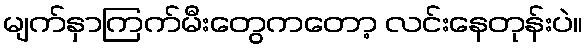
မျက်နှာကြက်မီးတွေကတော့ လင်းနေတုန်းပဲ။